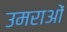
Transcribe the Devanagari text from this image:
उमराओं